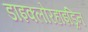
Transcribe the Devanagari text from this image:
डाइक्लोरहाइड्रिन